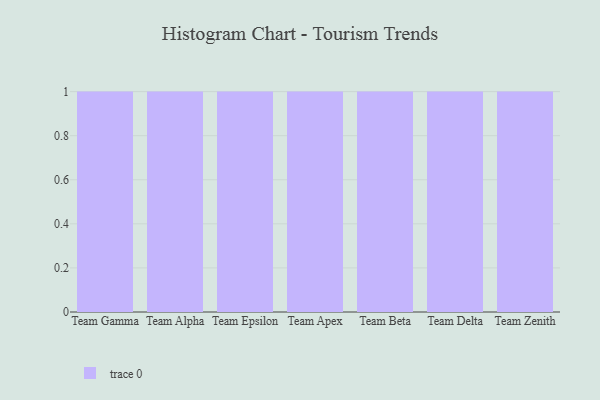
{"axis": {"x": "Team", "y": "Headcount"}, "legend": [""], "data": [{"x": "Team Gamma", "y": 57, "type": ""}, {"x": "Team Alpha", "y": 12, "type": ""}, {"x": "Team Epsilon", "y": 8, "type": ""}, {"x": "Team Apex", "y": 8, "type": ""}, {"x": "Team Beta", "y": 49, "type": ""}, {"x": "Team Delta", "y": 45, "type": ""}, {"x": "Team Zenith", "y": 75, "type": ""}]}